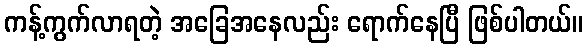
ကန့်ကွက်လာရတဲ့ အခြေအနေလည်း ရောက်နေပြီ ဖြစ်ပါတယ်။